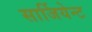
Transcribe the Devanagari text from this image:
सार्जियेन्ट